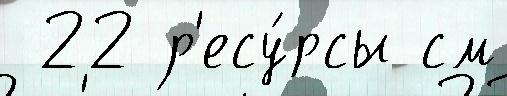
 22 р'есу́рсы см